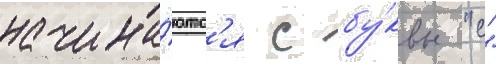
начина́ютс'я с бу́квы "с"